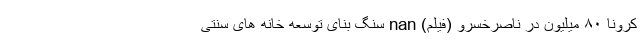
کرونا ۸۰ میلیون در ناصرخسرو (فیلم) nan سنگ بنای توسعه خانه های سنتی